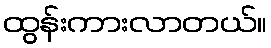
ထွန်းကားလာတယ်။